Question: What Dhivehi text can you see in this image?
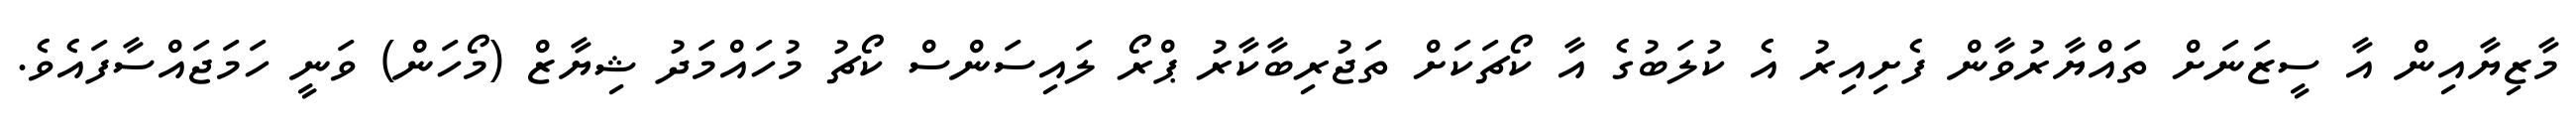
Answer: މާޒިޔާއިން އާ ސީޒަނަށް ތައްޔާރުވާން ފެށިއިރު އެ ކުލަބުގެ އާ ކޯޗަކަށް ތަޖުރިބާކާރު ޕްރޯ ލައިސަންސް ކޯޗު މުހައްމަދު ޝިޔާޒް (މޯހަން) ވަނީ ހަމަޖައްސާފައެވެ.